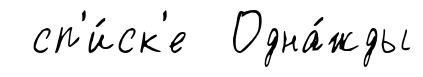
сп'и́ск'е Одна́жды